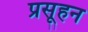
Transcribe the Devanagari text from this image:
प्रसूहन